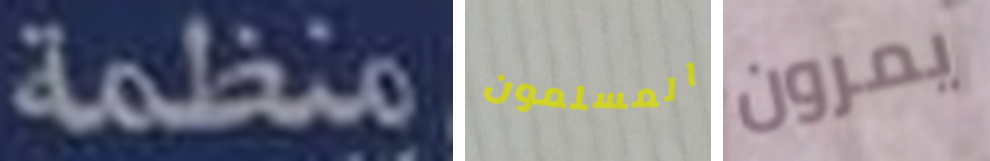
منظمة المسلمون يمرون